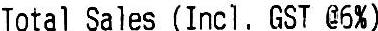
TOTAL SALES (INCL. GST @6%)